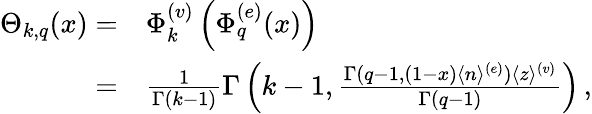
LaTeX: \begin{array}{rl}{\Theta_{k,q}(x)=}&{{}\Phi_{k}^{(v)}\left(\Phi_{q}^{(e)}(x)\right)}\\ {=}&{{}\frac{1}{\Gamma(k-1)}\Gamma\left(k-1,\frac{\Gamma(q-1,(1-x)\langle n\rangle^{(e)})\langle z\rangle^{(v)}}{\Gamma(q-1)}\right)\, ,}\end{array}